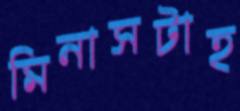
মিনাসটাহ